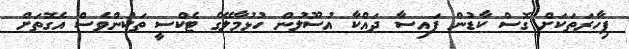
ފިހާރަތަކަށް ގޮސް ކާޑުން ފައިސާ ދައްކާ އުސޫލުން ހުޅުމާލޭގެ ޓެކްސީ ތަކުންވެސް އެގޮތަށް